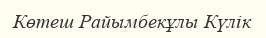
Көтеш Райымбекұлы Күлік